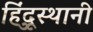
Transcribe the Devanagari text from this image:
हिंदूुस्थानी